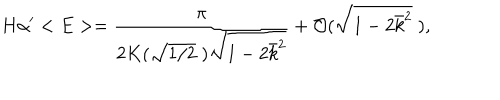
LaTeX: H \alpha ^ { \prime } < E > = \frac { \pi } { 2 K ( \sqrt { 1 / 2 } \; ) \sqrt { 1 - 2 \bar { k } ^ { 2 } } } + { \cal O } ( \sqrt { 1 - 2 \bar { k } ^ { 2 } } \; ) ,